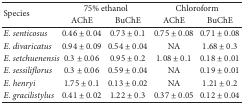
| <ROWSPAN=2> Species | <COLSPAN=2> 75% ethanol | <COLSPAN=2> Chloroform |
 | AChE | BuChE | AChE | BuChE |
 | --- | --- | --- | --- | --- |
 | E. senticosus | 0.46 ± 0.04 | 0.73 ± 0.1 | 0.75 ± 0.08 | 0.71 ± 0.08 |
 | E. divaricatus | 0.94 ± 0.09 | 0.54 ± 0.04 | NA | 1.68 ± 0.3 |
 | E. setchuenensis | 0.3 ± 0.06 | 0.95 ± 0.2 | 1.08 ± 0.1 | 0.18 ± 0.01 |
 | E. sessiliflorus | 0.3 ± 0.06 | 0.59 ± 0.04 | NA | 0.19 ± 0.01 |
 | E. henryi | 1.75 ± 0.1 | 0.13 ± 0.02 | NA | 1.21 ± 0.2 |
 | E. gracilistylus | 0.41 ± 0.02 | 1.22 ± 0.3 | 0.37 ± 0.05 | 0.12 ± 0.04 |